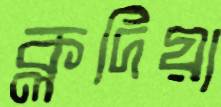
ক্লদিয়া